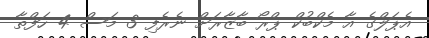
އެޕަލްގެ އާ މެކްބުކް ޕްރޯ ބާޒާރަށް ނެރެފި 3 މަސް 4 ހަފްތާ